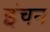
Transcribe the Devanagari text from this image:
इंचन